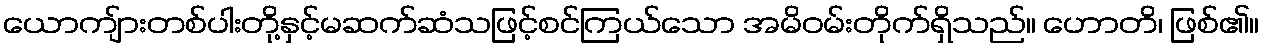
ယောကျ်ားတစ်ပါးတို့နှင့်မဆက်ဆံသဖြင့်စင်ကြယ်သော အမိဝမ်းတိုက်ရှိသည်။ ဟောတိ၊ ဖြစ်၏။